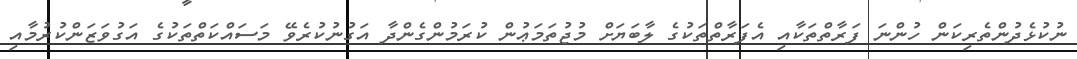
ނުކުޅެދުންތެރިކަން ހުންނަ ފަރާތްތަކާއި އެފަރާތްތަކުގެ ލާބަޔަށް މުޖުތަމަޢުން ކުރަމުންގެންދާ އަގުނުކުރެވޭ މަސައްކަތްތަކުގެ އަގުވަޒަންކުރުމާއި